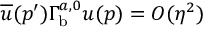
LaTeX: \overline { { u } } ( p ^ { \prime } ) \Gamma _ { \mathrm { b } } ^ { a , 0 } u ( p ) = { \cal O } ( \eta ^ { 2 } )